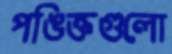
পঙিক্তগুলো